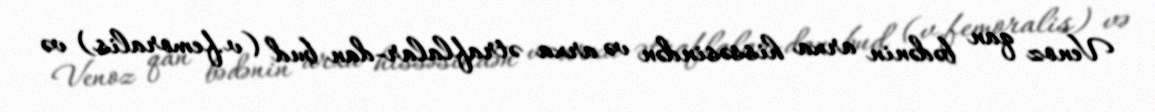
Venoz qan bədənin arxa hissəsindən və arxa ətraflalar-dan bud (v.femoralis) və